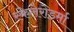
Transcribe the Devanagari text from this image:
स्केलेरोडर्मा